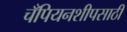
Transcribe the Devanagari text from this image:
चँपियनशीपसाठी